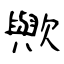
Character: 歟